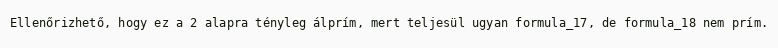
Ellenőrizhető, hogy ez a 2 alapra tényleg álprím, mert teljesül ugyan formula_17, de formula_18 nem prím.